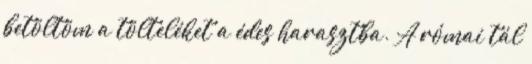
betöltöm a tölteléket a édes harasztba. A római tál